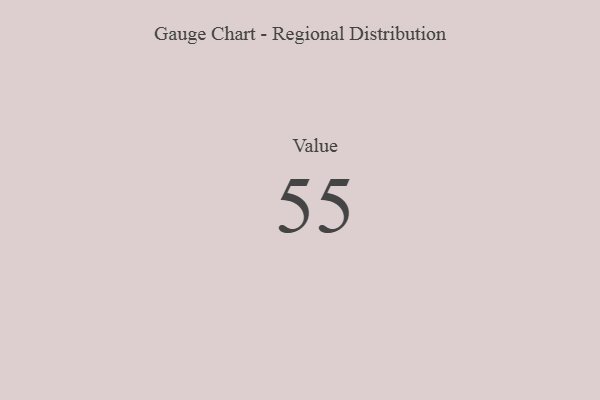
{"axis": {"x": "Metric", "y": "Value"}, "legend": [""], "data": [{"x": "Value", "y": 55, "type": ""}]}